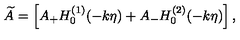
\widetilde { A } = \left[ A _ { + } H _ { 0 } ^ { ( 1 ) } ( - k \eta ) + A _ { - } H _ { 0 } ^ { ( 2 ) } ( - k \eta ) \right] ,